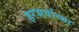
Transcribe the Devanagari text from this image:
हरभर्याच्या